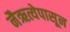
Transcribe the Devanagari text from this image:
नैऋत्येपासून